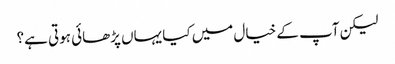
لیکن آپ کے خیال میں کیا یہاں پڑھائی ہوتی ہے؟